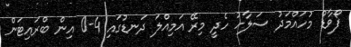
ފޯވާޑް މުހައްމަދު ސަލާހު ހެދީ މިރޭ އަމިއްލަ ދަނޑުގައި 4-0 އިން ބްރައިޓަން